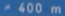
400m